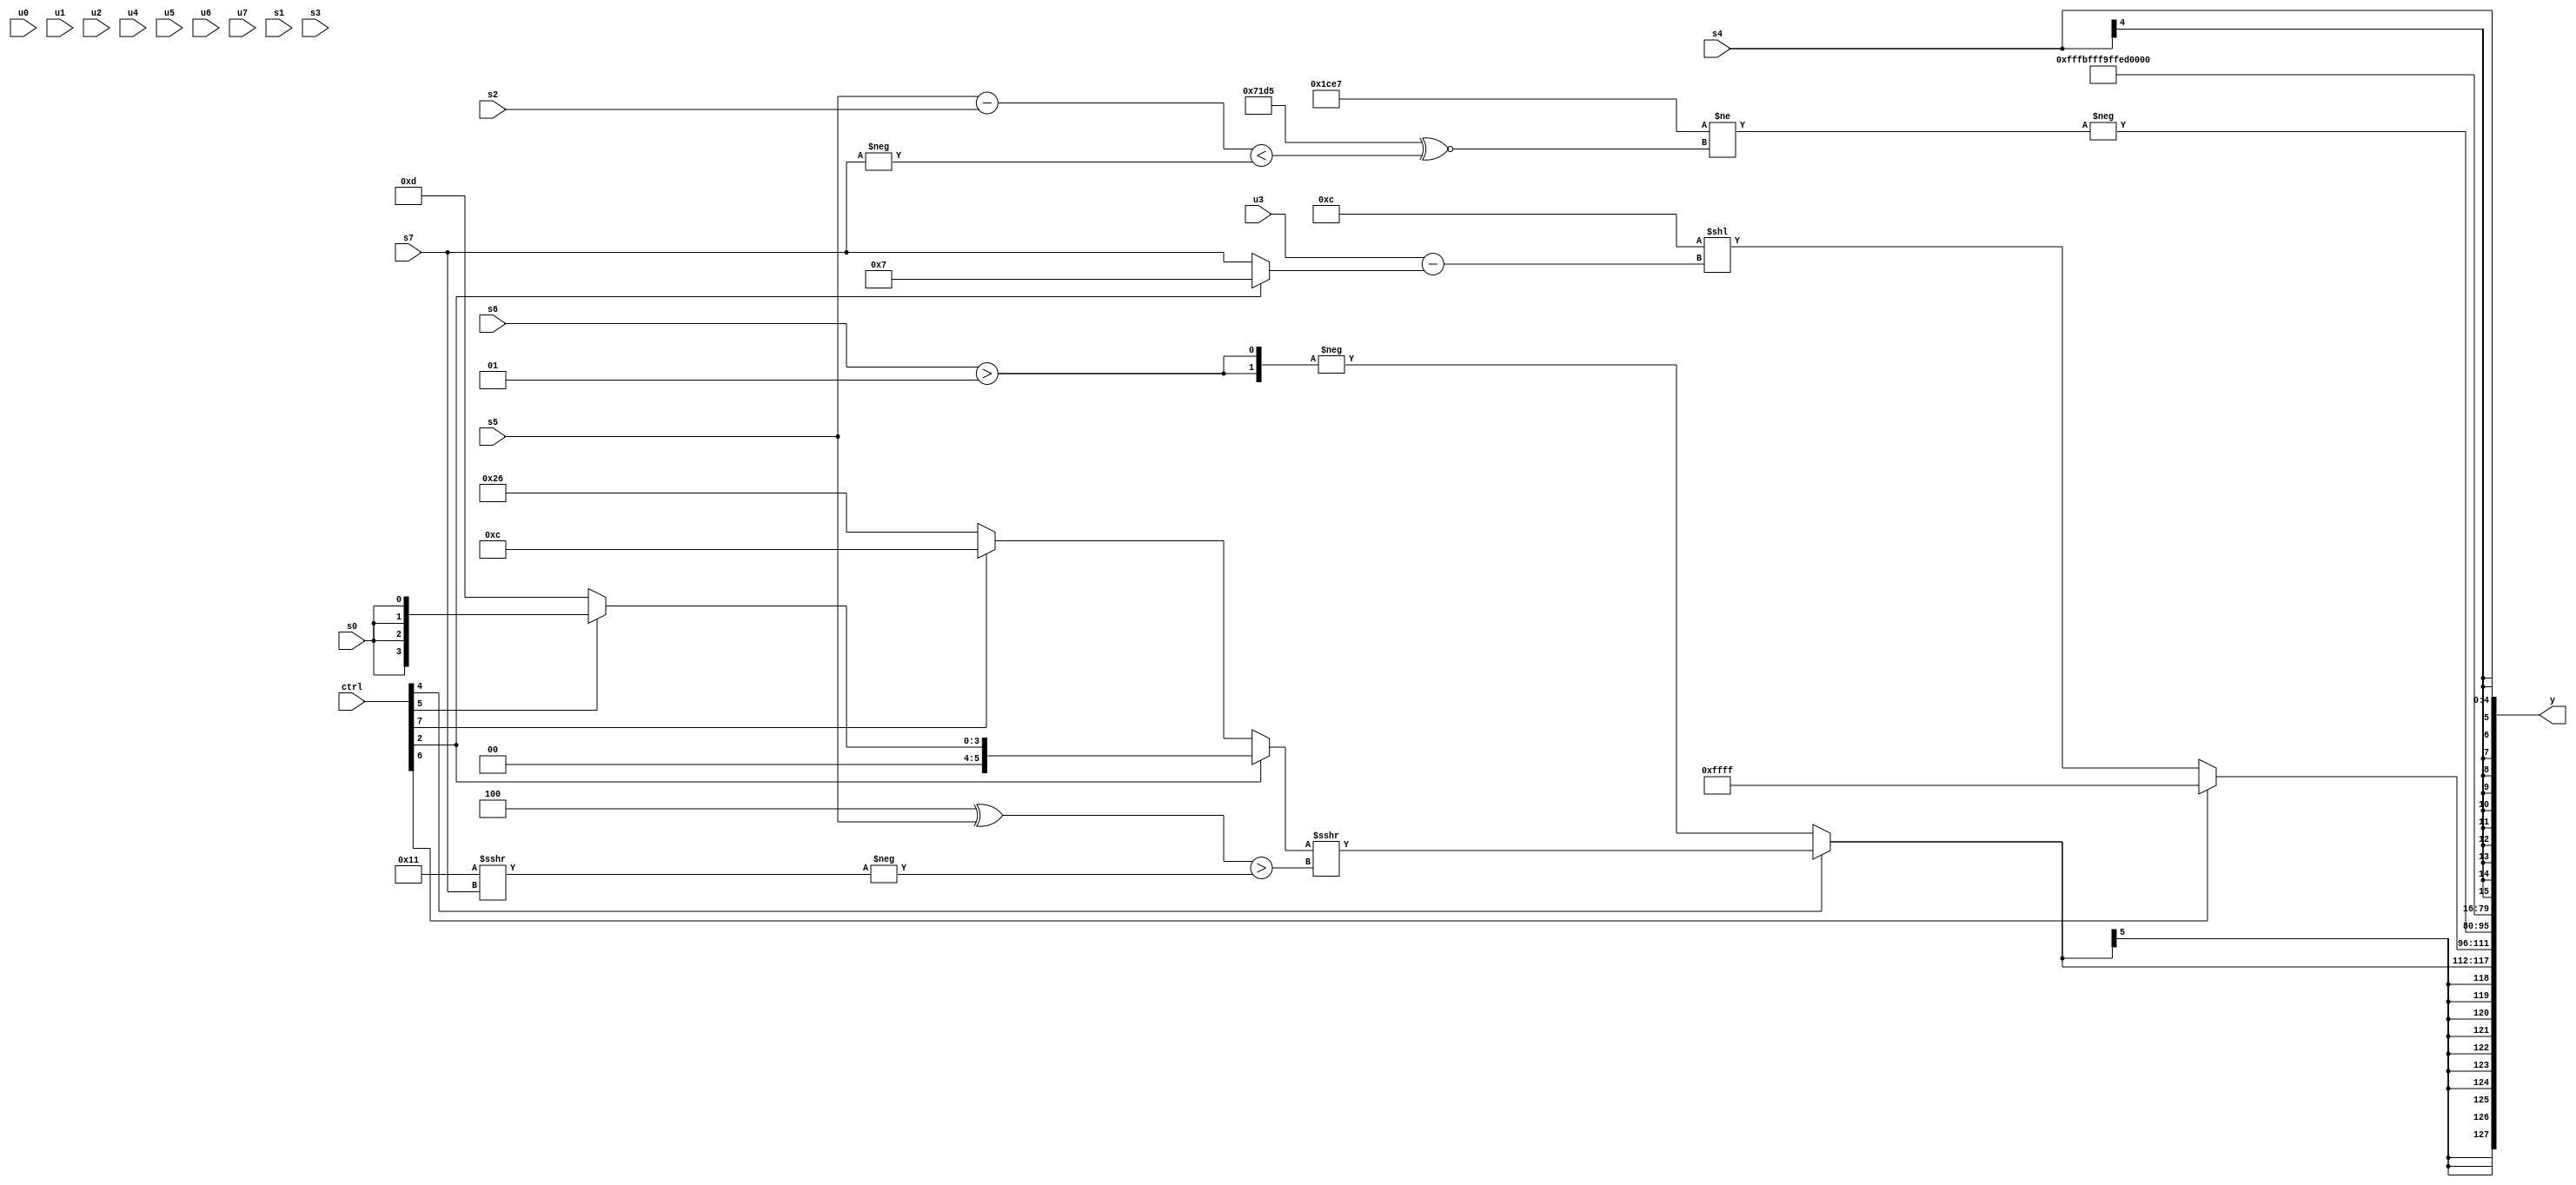
module wideexpr_00918(ctrl, u0, u1, u2, u3, u4, u5, u6, u7, s0, s1, s2, s3, s4, s5, s6, s7, y);
  input [7:0] ctrl;
  input [0:0] u0;
  input [1:0] u1;
  input [2:0] u2;
  input [3:0] u3;
  input [4:0] u4;
  input [5:0] u5;
  input [6:0] u6;
  input [7:0] u7;
  input signed [0:0] s0;
  input signed [1:0] s1;
  input signed [2:0] s2;
  input signed [3:0] s3;
  input signed [4:0] s4;
  input signed [5:0] s5;
  input signed [6:0] s6;
  input signed [7:0] s7;
  output [127:0] y;
  wire [15:0] y0;
  wire [15:0] y1;
  wire [15:0] y2;
  wire [15:0] y3;
  wire [15:0] y4;
  wire [15:0] y5;
  wire [15:0] y6;
  wire [15:0] y7;
  assign y = {y0,y1,y2,y3,y4,y5,y6,y7};
  assign y0 = $signed((ctrl[4]?((ctrl[2]?$signed((ctrl[5]?s0:4'sb1101)):+((ctrl[7]?6'sb001100:6'sb100110))))>>>((((3'sb100)<<<(4'sb0000))^(+(s5)))>(-((6'sb010001)>>>(s7)))):-({2{$unsigned((s6)>(3'sb001))}})));
  assign y1 = (ctrl[6]?($signed(4'sb1111))>>>({2{$unsigned(3'sb101)}}):(6'sb001100)<<((u3)-((ctrl[2]?3'b111:$signed(s7)))));
  assign y2 = -(({3{-($signed(5'sb11001))}})!=(((6'sb010001)-({6'b111000,4'b1111,2'b00}))^~(((s5)-(s2))<(-(s7)))));
  assign y3 = -($unsigned(3'sb101));
  assign y4 = $signed($unsigned(($signed({1{$signed(1'sb0)}}))-(4'sb0111)));
  assign y5 = 6'sb101101;
  assign y6 = ~&(+(+({5'sb10110,(({3{5'sb11011}})==({3{s4}}))>=(1'b0),({2{s4}})==((3'sb101)>(s5)),(2'b10)+(5'sb01011)})));
  assign y7 = s4;
endmodule